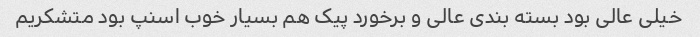
خیلی عالی بود بسته بندی عالی و برخورد پیک هم بسیار خوب اسنپ بود متشکریم